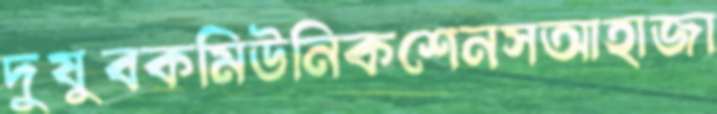
দুষুবকমিউনিকশেনসআহাজা